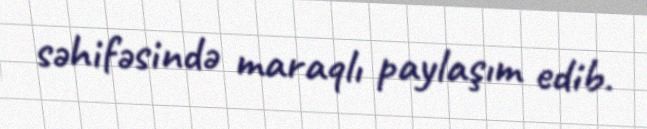
səhifəsində maraqlı paylaşım edib.